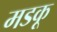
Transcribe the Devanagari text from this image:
मडकू